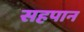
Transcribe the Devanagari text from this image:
सहपान